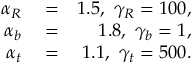
\begin{array} { r l r } { \alpha _ { R } } & { { } = } & { 1 . 5 , \ \gamma _ { R } = 1 0 0 , } \\ { \alpha _ { b } } & { { } = } & { 1 . 8 , \ \gamma _ { b } = 1 , } \\ { \alpha _ { t } } & { { } = } & { 1 . 1 , \ \gamma _ { t } = 5 0 0 . } \end{array}